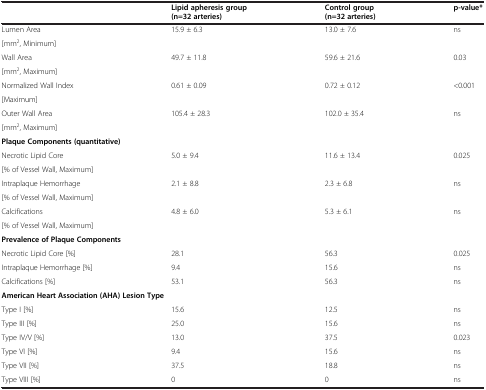
<table><thead><tr><td><b> </b></td><td><b>Lipid apheresis group</b></td><td><b>Control group</b></td><td><b>p-value*</b></td></tr><tr><td><b> </b></td><td><b>(n=32 arteries)</b></td><td><b>(n=32 arteries)</b></td><td><b> </b></td></tr></thead><tbody><tr><td>Lumen Area</td><td rowspan="2">15.9 ± 6.3</td><td rowspan="2">13.0 ± 7.6</td><td rowspan="2">ns</td></tr><tr><td>[mm<sup>2</sup>, Minimum]</td></tr><tr><td>Wall Area</td><td rowspan="2">49.7 ± 11.8</td><td rowspan="2">59.6 ± 21.6</td><td rowspan="2">0.03</td></tr><tr><td>[mm<sup>2</sup>, Maximum]</td></tr><tr><td>Normalized Wall Index</td><td rowspan="2">0.61 ± 0.09</td><td rowspan="2">0.72 ± 0.12</td><td rowspan="2">&lt;0.001</td></tr><tr><td>[Maximum]</td></tr><tr><td>Outer Wall Area</td><td rowspan="2">105.4 ± 28.3</td><td rowspan="2">102.0 ± 35.4</td><td rowspan="2">ns</td></tr><tr><td>[mm<sup>2</sup>, Maximum]</td></tr><tr><td colspan="4"><b>Plaque Components (quantitative)</b></td></tr><tr><td>Necrotic Lipid Core</td><td rowspan="2">5.0 ± 9.4</td><td rowspan="2">11.6 ± 13.4</td><td rowspan="2">0.025</td></tr><tr><td>[% of Vessel Wall, Maximum]</td></tr><tr><td>Intraplaque Hemorrhage</td><td rowspan="2">2.1 ± 8.8</td><td rowspan="2">2.3 ± 6.8</td><td rowspan="2">ns</td></tr><tr><td>[% of Vessel Wall, Maximum]</td></tr><tr><td>Calcifications</td><td rowspan="2">4.8 ± 6.0</td><td rowspan="2">5.3 ± 6.1</td><td rowspan="2">ns</td></tr><tr><td>[% of Vessel Wall, Maximum]</td></tr><tr><td colspan="4"><b>Prevalence of Plaque Components</b></td></tr><tr><td>Necrotic Lipid Core [%]</td><td>28.1</td><td>56.3</td><td>0.025</td></tr><tr><td>Intraplaque Hemorrhage [%]</td><td>9.4</td><td>15.6</td><td>ns</td></tr><tr><td>Calcifications [%]</td><td>53.1</td><td>56.3</td><td>ns</td></tr><tr><td colspan="4"><b>American Heart Association (AHA) Lesion Type</b></td></tr><tr><td>Type I [%]</td><td>15.6</td><td>12.5</td><td>ns</td></tr><tr><td>Type III [%]</td><td>25.0</td><td>15.6</td><td>ns</td></tr><tr><td>Type IV/V [%]</td><td>13.0</td><td>37.5</td><td>0.023</td></tr><tr><td>Type VI [%]</td><td>9.4</td><td>15.6</td><td>ns</td></tr><tr><td>Type VII [%]</td><td>37.5</td><td>18.8</td><td>ns</td></tr><tr><td>Type VIII [%]</td><td>0</td><td>0</td><td>ns</td></tr></tbody></table>